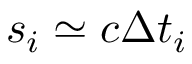
s _ { i } \simeq c \Delta t _ { i }